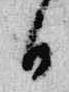
日